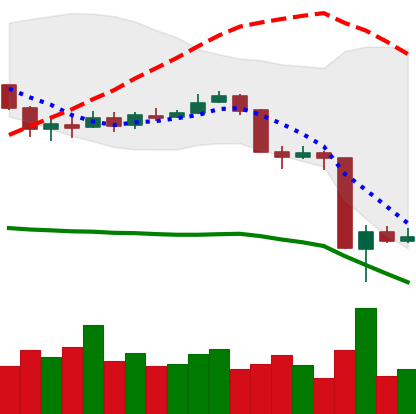
Ticker: BNB-USD
Chart end date: 2020-03-15
Forward return: 13.797%
Label: up_7plus